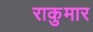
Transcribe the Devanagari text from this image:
राकुमार